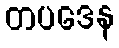
တပဒေန